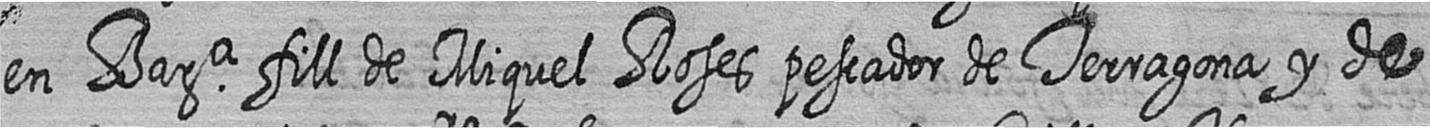
en Bara fill de Miquel Roses pescador de Terragona y de